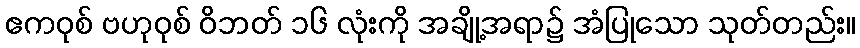
ဧကဝုစ် ဗဟုဝုစ် ဝိဘတ် ၁၆ လုံးကို အချို့အရာ၌ အံပြုသော သုတ်တည်း။